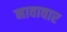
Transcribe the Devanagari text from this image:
नावावार